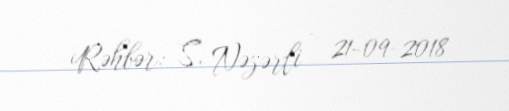
Rəhbər: S. Nəzərli - 21-09-2018